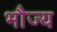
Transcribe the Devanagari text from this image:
भौज्य